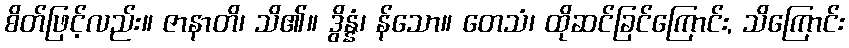
စိတ်ဖြင့်လည်း။ ဇာနာတိ၊ သိ၏။ ဒွိန္နံ၊ န်သော။ တေသံ၊ ထိုဆင်ခြင်ကြောင်း, သိကြောင်း